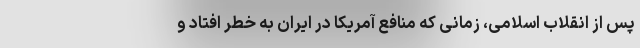
پس از انقلاب اسلامی، زمانی که منافع آمریکا در ایران به خطر افتاد و